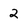
Character: 2